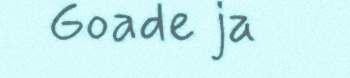
Goade ja